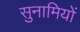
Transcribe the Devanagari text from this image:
सुनामियों